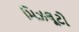
મિઝલૂટો